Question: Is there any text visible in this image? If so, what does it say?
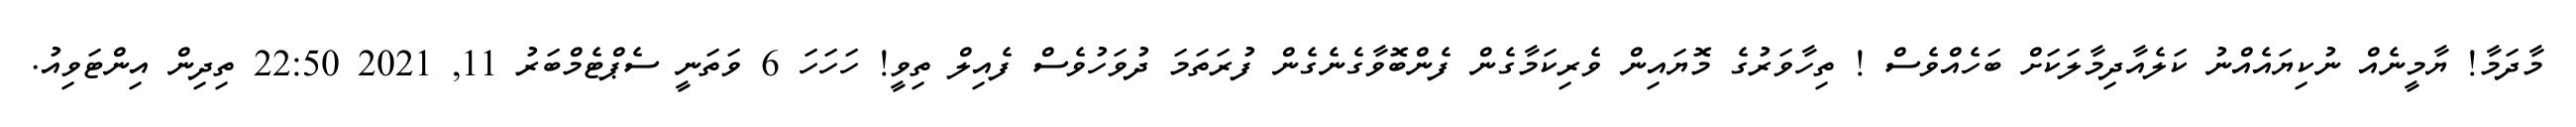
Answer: މާދަމާ! ޔާމީނެއް ނުކިޔައެއްނު ކަލެއާދިމާލަކަށް ބަހެއްވެސް ! ތިހާވަރުގެ މޮޔައިން ވެރިކަމާގެން ފެންބޮވާގެނެގެން ފުރަތަމަ ދުވަހުވެސް ފެއިލް ތިވީ! ހަހަހަ 6 ވަތަނީ ސެޕްޓެމްބަރު 11, 2021 22:50 ތިދިން އިންޓަވިއު.